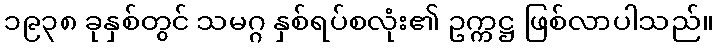
၁၉၃၈ ခုနှစ်တွင် သမဂ္ဂ နှစ်ရပ်စလုံး၏ ဥက္ကဋ္ဌ ဖြစ်လာပါသည်။